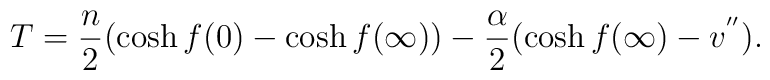
T=\frac{n}{2}(\cosh f(0)-\cosh f(\infty))-\frac{\alpha}{2}(\cosh f(\infty)-v^{''}).